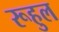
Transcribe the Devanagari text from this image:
रूहुल